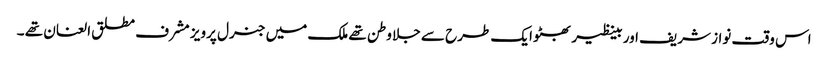
اس وقت نواز شریف اور بینظیر بھٹو ایک طرح سے جلا وطن تھے ملک میں جنرل پرویز مشرف مطلق العنان تھے ۔